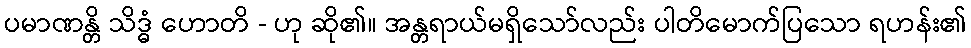
ပမာဏန္တိ သိဒ္ဓံ ဟောတိ - ဟု ဆို၏။ အန္တရာယ်မရှိသော်လည်း ပါတိမောက်ပြသော ရဟန်း၏